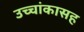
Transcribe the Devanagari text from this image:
उच्चांकासह